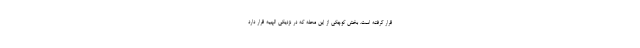
قرار گرفته است. بخش کوچکی از این محله که در نزدیکی الهیه قرار دارد